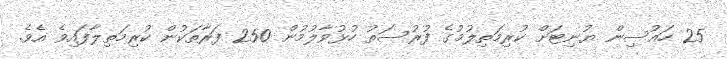
25 ހައުސިން ޔުނިޓަށް ކުރިމަތިލުމުގެ ފުރުސަތު ހުޅުވާލުމުން 250 ފަރާތަކުން ކުރިމަތިލާފައިވެ އެވެ.